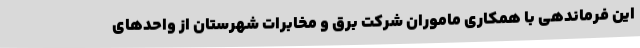
این فرماندهی با همکاری ماموران شرکت برق و مخابرات شهرستان از واحدهای